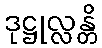
ဒုဋ္ဌုလ္လန္တိ